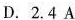
D. 2.4 A